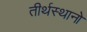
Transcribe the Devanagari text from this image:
तीर्थस्थानो